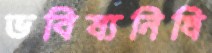
ভবিষ্যনিধি